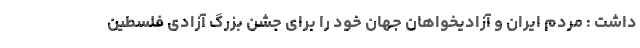
داشت : مردم ایران و آزادیخواهان جهان خود را برای جشن بزرگ آزادی فلسطین